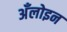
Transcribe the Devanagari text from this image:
अँलोइन